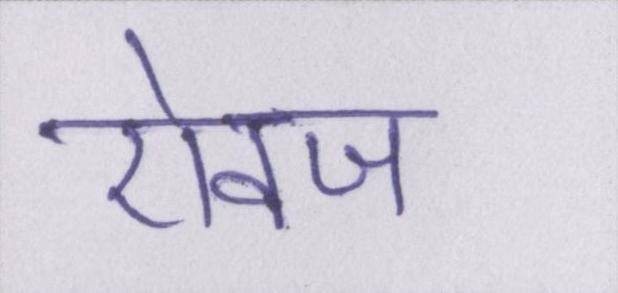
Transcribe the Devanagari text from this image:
ऐवज